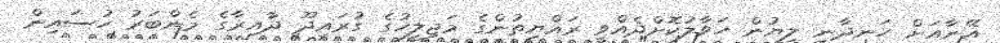
އޭނާއަށް ހަނދާނީ ލިޔުން ހަވާލުކޮށްދެއްވީ ރައްޔިތުންގެ މަޖިލީހުގެ ގުރައިދޫ ދާއިރާގެ މެންބަރު ހުސައިން